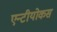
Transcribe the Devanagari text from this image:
एन्टीयोकस